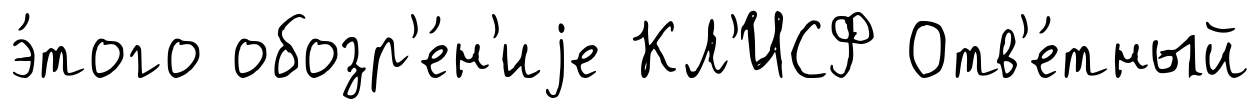
э́того обозр'е́н'иjе КЛ'ИСФ Отв'е́тный